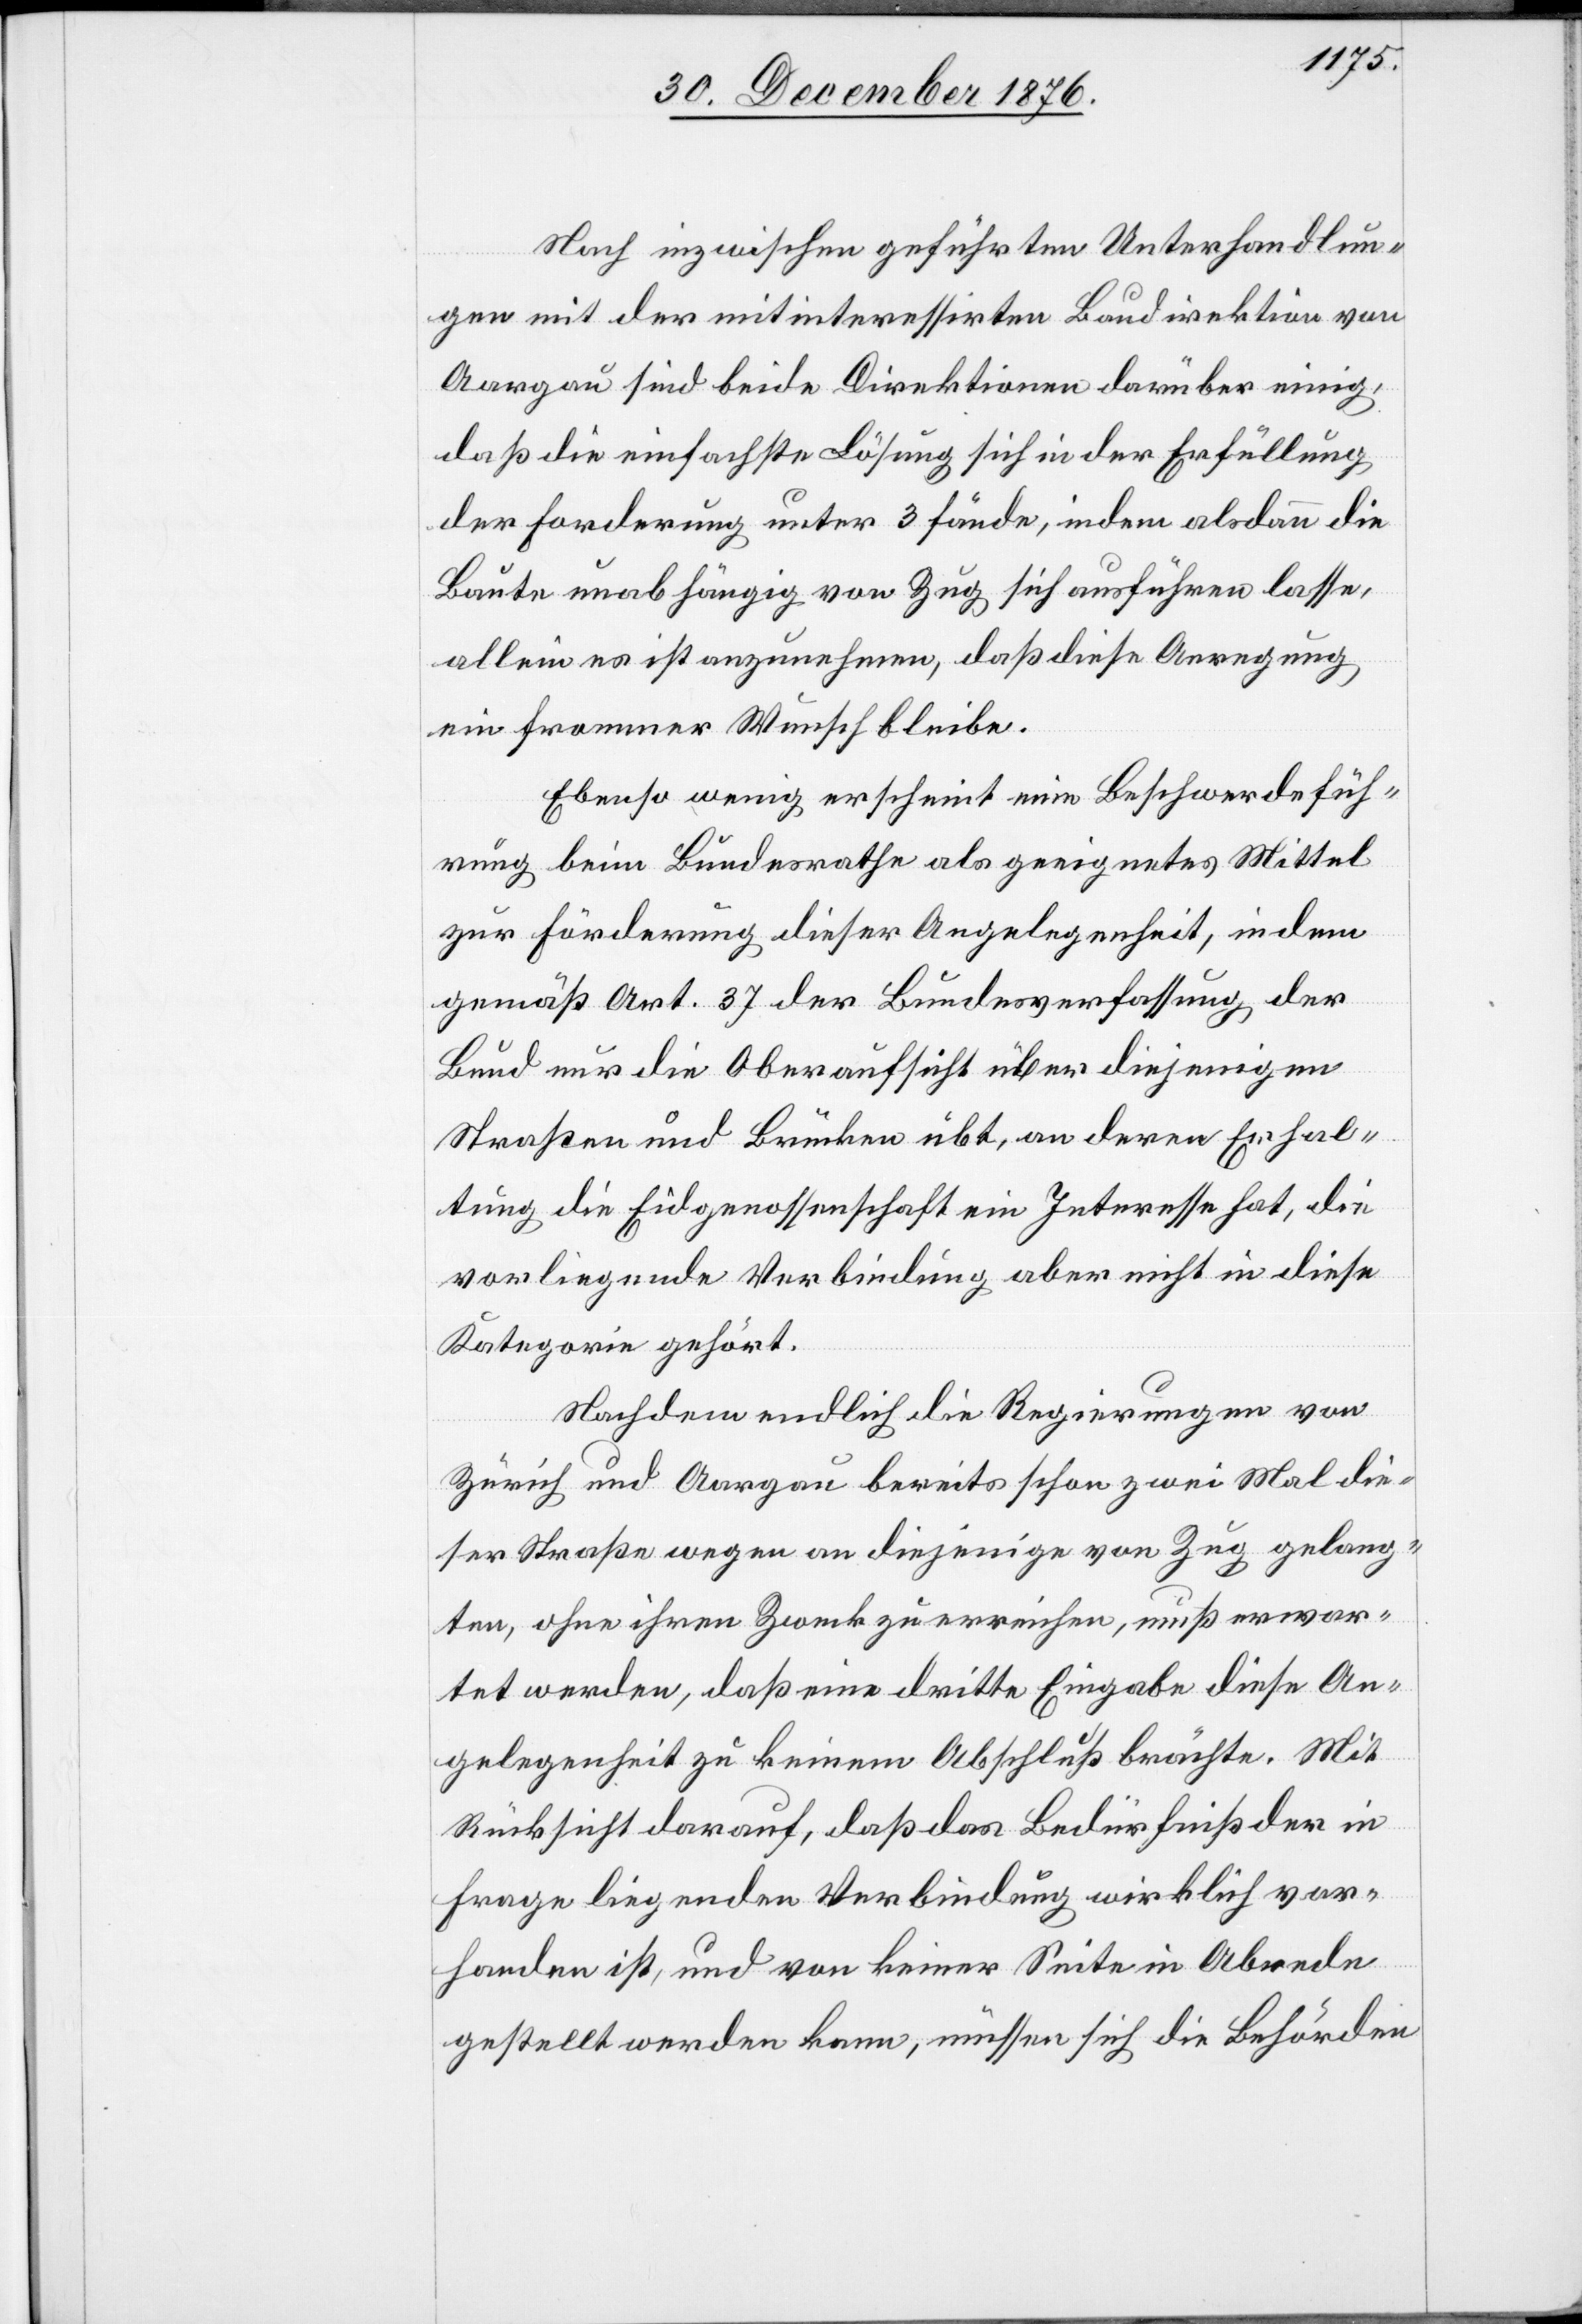
Nach inzwischen geführten Unterhandlun¬
gen mit der mitinteressirten Baudirektion von
Aargau sind beide Direktionen darüber einig,
daß die einfachste Lösung sich in der Erfüllung
der Forderung unter 3 fände, indem alsdann die
Baute unabhängig von Zug sich ausführen lasse,
allein es ist anzunehmen, daß diese Anregung
ein frommer Wunsch bleibe.
Ebenso wenig erscheint eine Beschwerdefüh¬
rung beim Bundesrathe als geeignetes Mittel
zur Förderung dieser Angelegenheit, indem
gemäß Art. 37 der Bundesverfassung, der
Bund nur die Oberaufsicht über diejenigen
Straßen und Brücken übt, an deren Erhal¬
tung die Eidgenossenschaft ein Interesse hat, die
vorliegende Verbindung aber nicht in diese
Kategorie gehört.
Nachdem endlich die Regierungen von
Zürich und Aargau bereits schon zwei Mal die¬
se Straße wegen an diejenige von Zug gelang¬
ten, ohne ihren Zweck zu erreichen, muß erwar¬
tet werden, daß eine dritte Eingabe diese An¬
gelegenheit zu keinem Abschluß brächte. Mit
Rücksicht darauf, daß das Bedürfniß der in
Frage liegenden Verbindung wirklich vor¬
handen ist, und von keiner Seite in Abrede
gestellt werden kann, müssen sich die Behörden